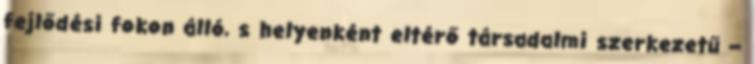
fejlődési fokon álló, s helyenként eltérő társadalmi szerkezetű –